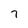
Character: 7